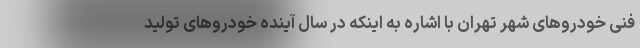
فنی خودروهای شهر تهران با اشاره به اینکه در سال آینده خودروهای تولید